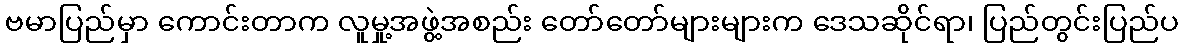
ဗမာပြည်မှာ ကောင်းတာက လူမှု့အဖွဲ့အစည်း တော်တော်များများက ဒေသဆိုင်ရာ၊ ပြည်တွင်းပြည်ပ